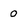
Character: 0